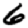
Digit: 6